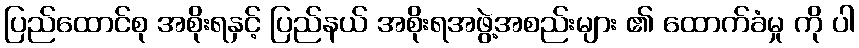
ပြည်ထောင်စု အစိုးရနှင့် ပြည်နယ် အစိုးရအဖွဲ့အစည်းများ ၏ ထောက်ခံမှု ကို ပါ